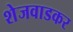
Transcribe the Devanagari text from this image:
शेजवाडकर